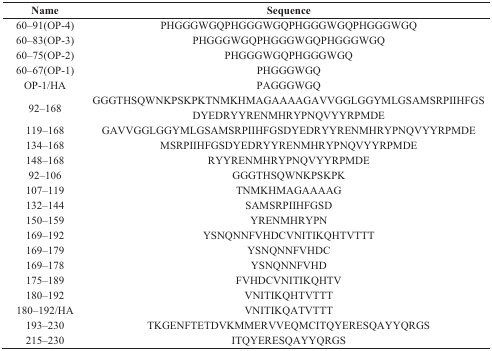
<table><thead><tr><td><b>Name</b></td><td><b>Sequence</b></td></tr></thead><tbody><tr><td>60–91(OP-4)</td><td>PHGGGWGQPHGGGWGQPHGGGWGQPHGGGWGQ</td></tr><tr><td>60–83(OP-3)</td><td>PHGGGWGQPHGGGWGQPHGGGWGQ</td></tr><tr><td>60–75(OP-2)</td><td>PHGGGWGQPHGGGWGQ</td></tr><tr><td>60–67(OP–1)</td><td>PHGGGWGQ</td></tr><tr><td>OP-1/HA</td><td>PAGGGWGQ</td></tr><tr><td>92–168</td><td>GGGTHSQWNKPSKPKTNMKHMAGAAAAGAVVGGLGGYMLGSAMSRPIIHFGSDYEDRYYRENMHRYPNQVYYRPMDE</td></tr><tr><td>119–168</td><td>GAVVGGLGGYMLGSAMSRPIIHFGSDYEDRYYRENMHRYPNQVYYRPMDE</td></tr><tr><td>134–168</td><td>MSRPIIHFGSDYEDRYYRENMHRYPNQVYYRPMDE</td></tr><tr><td>148–168</td><td>RYYRENMHRYPNQVYYRPMDE</td></tr><tr><td>92–106</td><td>GGGTHSQWNKPSKPK</td></tr><tr><td>107–119</td><td>TNMKHMAGAAAAG</td></tr><tr><td>132–144</td><td>SAMSRPIIHFGSD</td></tr><tr><td>150–159</td><td>YRENMHRYPN</td></tr><tr><td>169–192</td><td>YSNQNNFVHDCVNITIKQHTVTTT</td></tr><tr><td>169–179</td><td>YSNQNNFVHDC</td></tr><tr><td>169–178</td><td>YSNQNNFVHD</td></tr><tr><td>175–189</td><td>FVHDCVNITIKQHTV</td></tr><tr><td>180–192</td><td>VNITIKQHTVTTT</td></tr><tr><td>180–192/HA</td><td>VNITIKQATVTTT</td></tr><tr><td>193–230</td><td>TKGENFTETDVKMMERVVEQMCITQYERESQAYYQRGS</td></tr><tr><td>215–230</td><td>ITQYERESQAYYQRGS</td></tr></tbody></table>